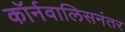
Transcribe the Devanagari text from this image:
कॉर्नवालिसनंतर